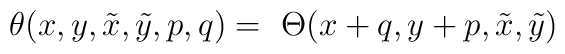
\theta (x, y, \tilde x, \tilde y, p, q) = \ \Theta (x + q, y + p, \tilde x, \tilde y)